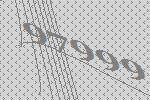
97999